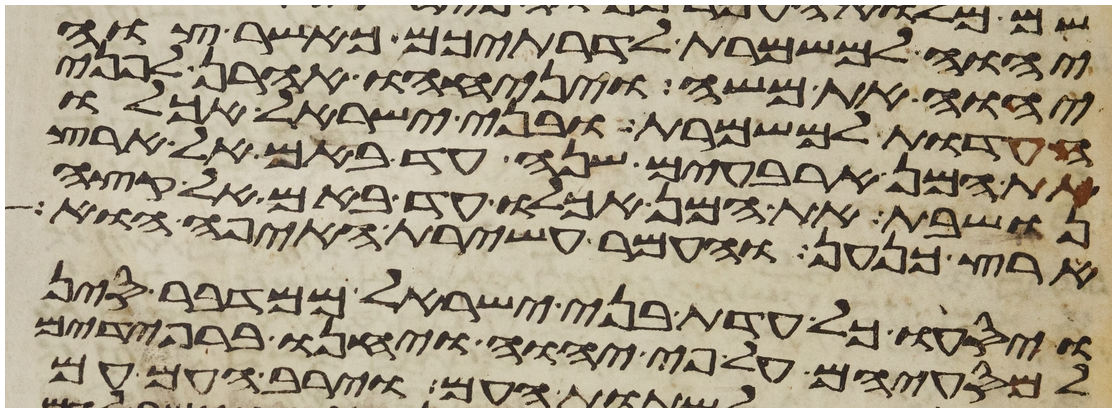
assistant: יהוה למשמרת לדרתיכם כאשר צוה
יהוה את משה ויניחהו אהרן לפני
העדות למשמרת ובני ישראל אכלו
את המן ארבעים שנה עד באם אל ארץ
נושבת את המן אכלו עד באם אל קצה
ארץ כנען והעמר עשירת האיפה הוא
ויסעו כל עדת בני ישראל ממדבר סין
למסעיהם על פי יהוה ויחנו ברפידים